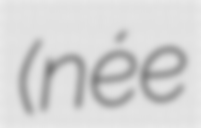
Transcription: (née